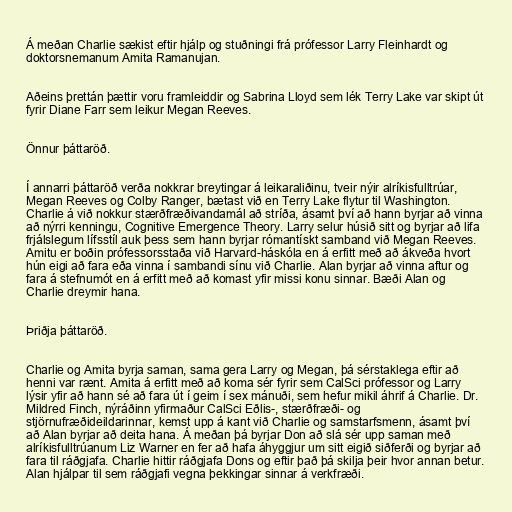
Á meðan Charlie sækist eftir hjálp og stuðningi frá prófessor Larry Fleinhardt og
doktorsnemanum Amita Ramanujan.

Aðeins þrettán þættir voru framleiddir og Sabrina Lloyd sem lék Terry Lake var skipt út
fyrir Diane Farr sem leikur Megan Reeves.

Önnur þáttaröð.

Í annarri þáttaröð verða nokkrar breytingar á leikaraliðinu, tveir nýir alríkisfulltrúar,
Megan Reeves og Colby Ranger, bætast við en Terry Lake flytur til Washington.
Charlie á við nokkur stærðfræðivandamál að stríða, ásamt því að hann byrjar að vinna
að nýrri kenningu, Cognitive Emergence Theory. Larry selur húsið sitt og byrjar að lifa
frjálslegum lífsstíl auk þess sem hann byrjar rómantískt samband við Megan Reeves.
Amitu er boðin prófessorsstaða við Harvard-háskóla en á erfitt með að ákveða hvort
hún eigi að fara eða vinna í sambandi sínu við Charlie. Alan byrjar að vinna aftur og
fara á stefnumót en á erfitt með að komast yfir missi konu sinnar. Bæði Alan og
Charlie dreymir hana.

Þriðja þáttaröð.

Charlie og Amita byrja saman, sama gera Larry og Megan, þá sérstaklega eftir að
henni var rænt. Amita á erfitt með að koma sér fyrir sem CalSci prófessor og Larry
lýsir yfir að hann sé að fara út í geim í sex mánuði, sem hefur mikil áhrif á Charlie. Dr.
Mildred Finch, nýráðinn yfirmaður CalSci Eðlis-, stærðfræði- og
stjörnufræðideildarinnar, kemst upp á kant við Charlie og samstarfsmenn, ásamt því
að Alan byrjar að deita hana. Á meðan þá byrjar Don að slá sér upp saman með
alríkisfulltrúanum Liz Warner en fer að hafa áhyggjur um sitt eigið siðferði og byrjar að
fara til ráðgjafa. Charlie hittir ráðgjafa Dons og eftir það þá skilja þeir hvor annan betur.
Alan hjálpar til sem ráðgjafi vegna þekkingar sinnar á verkfræði.